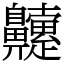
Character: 䶑